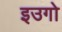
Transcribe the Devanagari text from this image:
इउगो